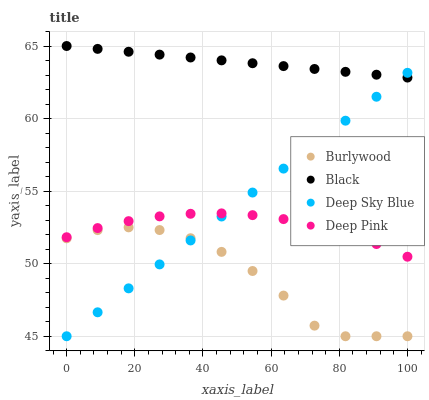
| xaxis_label | Burlywood | Black | Deep Sky Blue | Deep Pink |
 | --- | --- | --- | --- | --- |
 | 0 | 51.7 | 65 | 45 | 51.8 |
 | 9.09 | 52.3 | 64.8 | 46.7 | 52.5 |
 | 18.2 | 52.5 | 64.6 | 48.3 | 52.9 |
 | 27.3 | 52.3 | 64.4 | 50 | 53.3 |
 | 36.4 | 51.8 | 64.2 | 51.6 | 53.4 |
 | 45.5 | 50.8 | 64 | 53.3 | 53.5 |
 | 54.5 | 49.5 | 63.8 | 54.9 | 53.3 |
 | 63.6 | 47.8 | 63.6 | 56.6 | 53.1 |
 | 72.7 | 45.7 | 63.4 | 58.2 | 52.7 |
 | 81.8 | 45 | 63.2 | 59.9 | 52.1 |
 | 90.9 | 45 | 63 | 61.5 | 51.4 |
 | 100 | 45 | 62.8 | 63.2 | 50.5 |